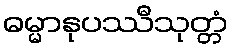
ဓမ္မာနုပဿီသုတ္တံ